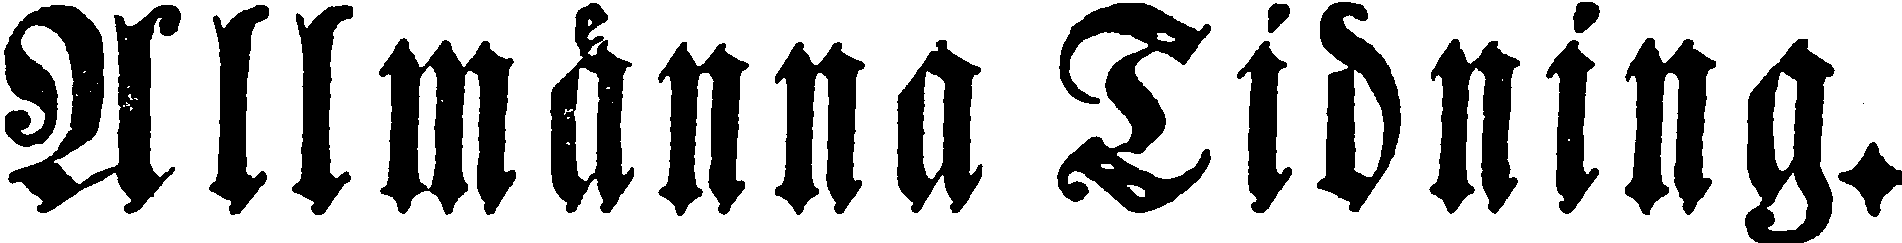
Allmänna Tidning.